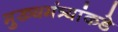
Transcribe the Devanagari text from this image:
मुख्यमंत्र्यांकडे